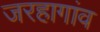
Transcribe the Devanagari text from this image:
जरहागांव